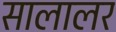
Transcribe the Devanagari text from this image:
सालालर